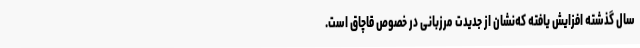
سال گذشته افزایش یافته که‌نشان از جدیدت مرزبانی در خصوص قاچاق است.